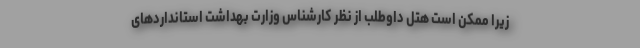
زیرا ممکن است هتل داوطلب از نظر کارشناس وزارت بهداشت استانداردهای